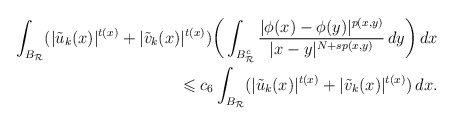
\begin{align*} \int_{B_{\mathcal{R}}}(|\tilde{u}_k(x)|^{t(x)}+ |\tilde{v}_k(x)|^{t(x)})\bigg(\int_{B_{\mathcal{R}}^{c}}\frac{| \phi (x)- \phi (y)|^{p(x,y)}}{|x-y|^{N+sp(x,y)}} \,dy\bigg)\,dx \\ \leqslant c_{6}\int_{B_{\mathcal{R}}}(|\tilde{u}_k(x)|^{t(x)}+|\tilde{v}_k(x)|^{t(x)})\,dx. \end{align*}